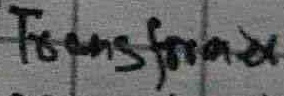
Text: Transformer